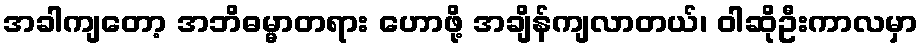
အခါကျတော့ အဘိဓမ္မာတရား ဟောဖို့ အချိန်ကျလာတယ်၊ ဝါဆိုဦးကာလမှာ